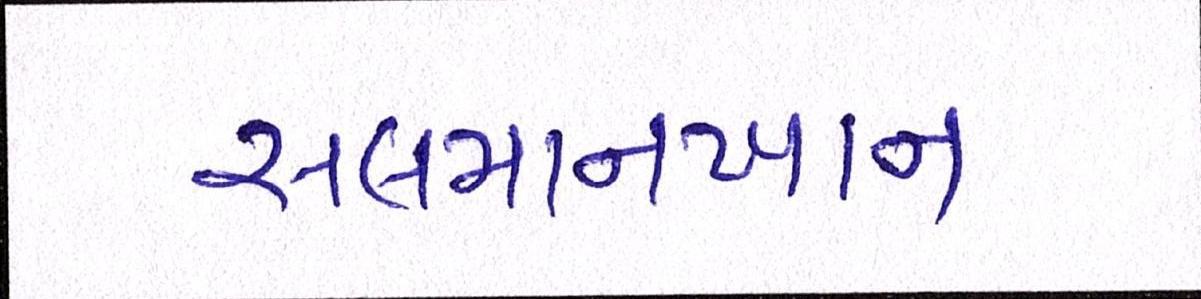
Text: સલમાનખાન